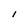
Character: I